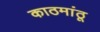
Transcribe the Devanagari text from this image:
काठमांठू